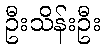
ဦးသိန်းဦး